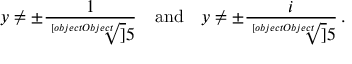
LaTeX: y \neq \pm { \frac { 1 } { \sqrt [ [object Object] ] { 5 } } } \quad { \mathrm { a n d } } \quad y \neq \pm { \frac { i } { \sqrt [ [object Object] ] { 5 } } } \, .